Civil Veterinary Department. Central Provinces & Berar 1932-41 - 1932-1941
Year: 1932
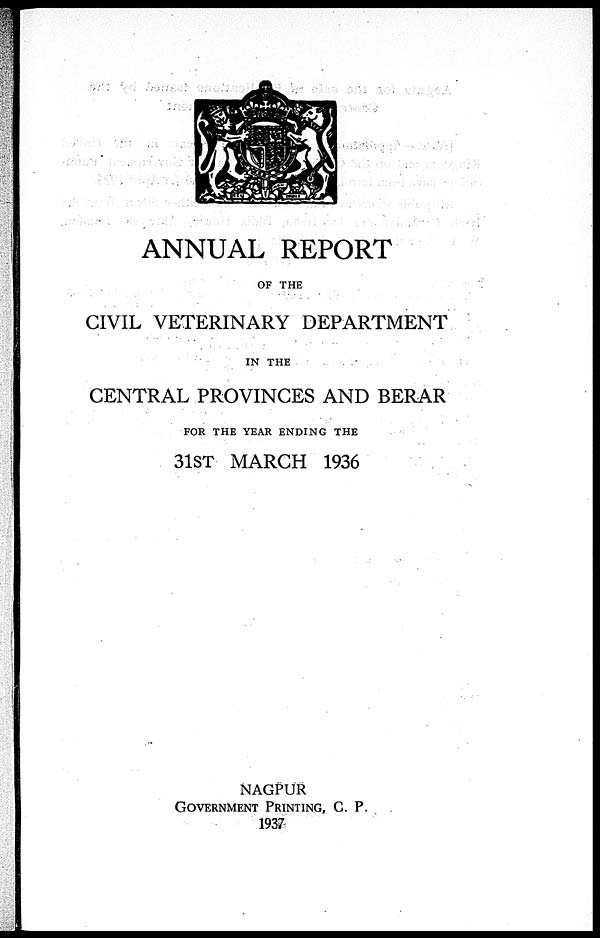
ANNUAL REPORT
OF THE
CIVIL VETERINARY DEPARTMENT
IN THE
CENTRAL PROVINCES AND BERAR
FOR THE YEAR ENDING THE
31ST MARCH 1936
NAGPUR
GOVERNMENT PRINTING, C. P.
1937